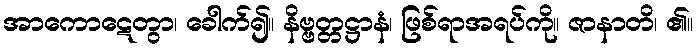
အာကောဋေတွာ၊ ခေါက်၍။ နိဗ္ဗတ္တဋ္ဌာနံ၊ ဖြစ်ရာအရပ်ကို။ ဇာနာတိ၊ ၏။